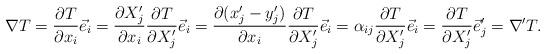
LaTeX: \begin{align*}\begin{aligned} \nabla T&=\dfrac{\partial T}{\partial x_i}\vec e_i=\dfrac{\partial X_j'}{\partial x_i}\dfrac{\partial T}{\partial X_j'}\vec e_i=\dfrac{\partial (x_j'-y_j')}{\partial x_i}\dfrac{\partial T}{\partial X_j'}\vec e_i=\alpha_{ij}\dfrac{\partial T}{\partial X_j'}\vec e_i=\dfrac{\partial T}{\partial X_j'}\vec e_j'=\nabla' T.\end{aligned}\end{align*}